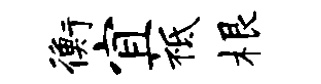
衡宜祗根